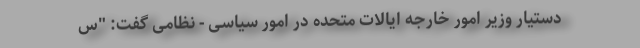
دستیار وزیر امور خارجه ایالات متحده در امور سیاسی - نظامی گفت: "س